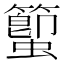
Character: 蠞